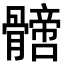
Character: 𩪙